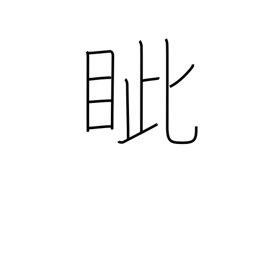
Meaning: eyesockets